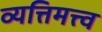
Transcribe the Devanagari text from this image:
व्यत्तिमत्त्व